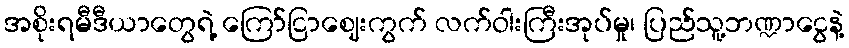
အစိုးရမီဒီယာတွေရဲ့ ကြော်ငြာဈေးကွက် လက်ဝါးကြီးအုပ်မှု၊ ပြည်သူ့ဘဏ္ဍာငွေနဲ့